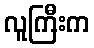
လူကြီးက